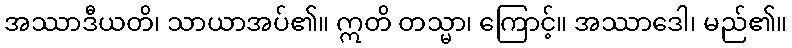
အဿာဒီယတိ၊ သာယာအပ်၏။ ဣတိ တသ္မာ၊ ကြောင့်။ အဿာဒေါ၊ မည်၏။